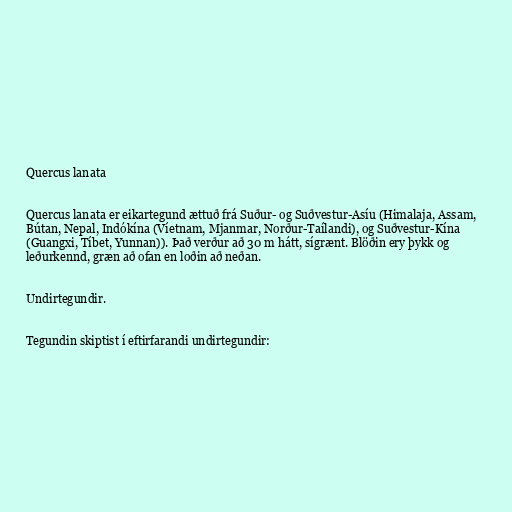
Quercus lanata

Quercus lanata er eikartegund ættuð frá Suður- og Suðvestur-Asíu (Himalaja, Assam,
Bútan, Nepal, Indókína (Víetnam, Mjanmar, Norður-Taílandi), og Suðvestur-Kína
(Guangxi, Tíbet, Yunnan)). Það verður að 30 m hátt, sígrænt. Blöðin ery þykk og
leðurkennd, græn að ofan en loðin að neðan.

Undirtegundir.

Tegundin skiptist í eftirfarandi undirtegundir: